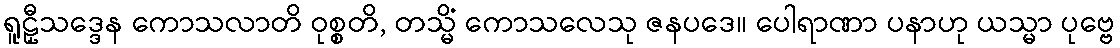
ရူဠှီသဒ္ဒေန ကောသလာတိ ဝုစ္စတိ, တသ္မိံ ကောသလေသု ဇနပဒေ။ ပေါရာဏာ ပနာဟု ယသ္မာ ပုဗ္ဗေ